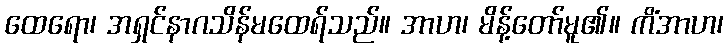
ထေရော၊ အရှင်နာဂသိန်မထေရ်သည်။ အာဟ၊ မိန့်တော်မူ၏။ ကိံအာဟ၊